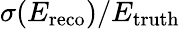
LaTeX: \sigma(E_{\mathrm{reco}})/E_{\mathrm{truth}}